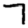
Digit: 7